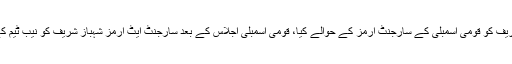
نیب ٹیم نے شہباز شریف کو قومی اسمبلی کے سارجنٹ آرمز کے حوالے کیا، قومی اسمبلی اجلاس کے بعد سارجنٹ ایٹ آرمز شہباز شریف کو نیب ٹیم کے حوالے کریں گے۔